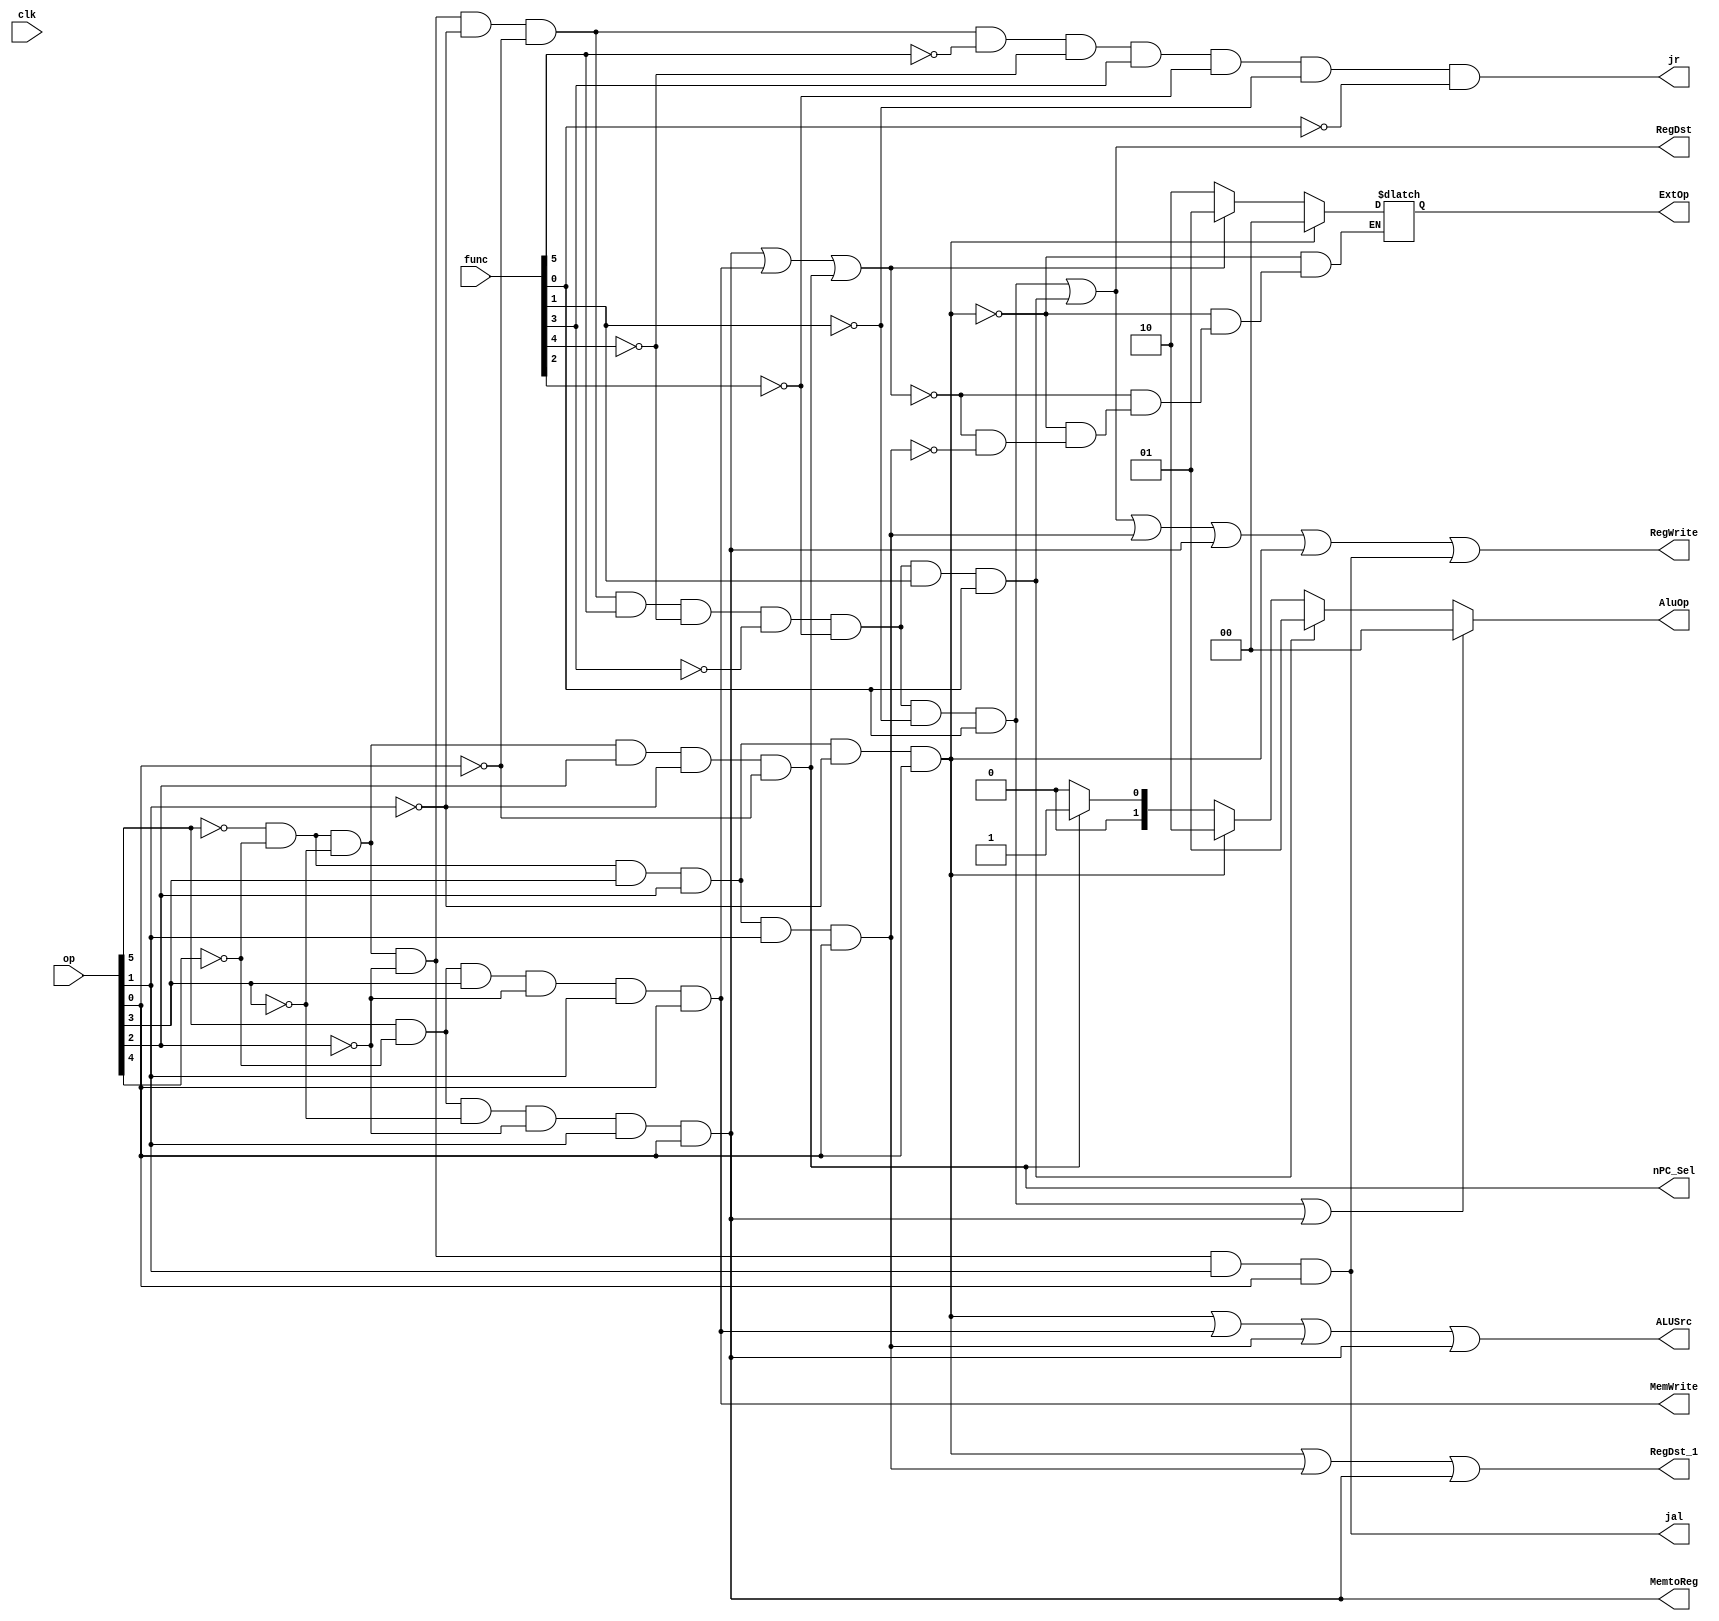
`timescale 1ns / 1ps
//////////////////////////////////////////////////////////////////////////////////
// Company: 
// Engineer: 
// 
// Design Name: 
// Module Name:    ctrl 
// Project Name: 
// Target Devices: 
// Tool versions: 
// Description: 
//
// Dependencies: 
//
// Revision: 
// Revision 0.01 - File Created
// Additional Comments: 
//
//////////////////////////////////////////////////////////////////////////////////
module ctrl(
	 input clk,
    input [5:0] op,
    input [5:0] func,
	 output RegDst,
	 output ALUSrc,
	 output MemtoReg,
	 output RegWrite,
	 output nPC_Sel,
	 output [1:0] ExtOp,
	 output [1:0] AluOp,
	 output MemWrite,
	 output RegDst_1,
	 output jal,
	 output jr
    );
	reg ADDU;
	reg SUBU;
	reg ORI;
	reg LUI;
	reg BEQ;
	reg LW;
	reg SW;
	reg JAL;
	reg JR;
	reg NOP;
	
	reg [1:0] aluop;
	reg [1:0] extop;
	
	initial begin
	ADDU=0;
	SUBU=0;
	ORI=0;
	LUI=0;
	BEQ=0;
	SW=0;
	LW=0;
	aluop=0;
	extop=0;
	JAL=0;
	JR=0;
	NOP=0;
	end
	
always @*begin
ADDU=~op[5]&~op[4]&~op[3]&~op[2]&~op[1]&~op[0]&func[5]&~func[4]&~func[3]&~func[2]&~func[1]&func[0];
SUBU=~op[5]&~op[4]&~op[3]&~op[2]&~op[1]&~op[0]&func[5]&~func[4]&~func[3]&~func[2]&func[1]&func[0];
LW=op[5]&~op[4]&~op[3]&~op[2]&op[1]&op[0];
SW=op[5]&~op[4]&op[3]&~op[2]&op[1]&op[0];
BEQ=~op[5]&~op[4]&~op[3]&op[2]&~op[1]&~op[0];
ORI=~op[5]&~op[4]&op[3]&op[2]&~op[1]&op[0];
LUI=~op[5]&~op[4]&op[3]&op[2]&op[1]&op[0];
JAL=~op[5]&~op[4]&~op[3]&~op[2]&op[1]&op[0];
JR=~op[5]&~op[4]&~op[3]&~op[2]&~op[1]&~op[0]&~func[5]&~func[4]&func[3]&~func[2]&~func[1]&~func[0];
NOP=~op[5]&~op[4]&~op[3]&~op[2]&~op[1]&~op[0]&~func[5]&~func[4]&~func[3]&~func[2]&~func[1]&~func[0];

	if(ADDU|LW)begin
		aluop=0;
	end
	else if(SUBU)begin
		aluop=1;
	end
	else if(ORI)begin
		aluop=2;
	end
	else if(BEQ)begin
		aluop=1;
	end
	else	begin
		aluop=0;
	end
	
	
	if(ORI)begin
		extop=0;
	end
	else if(LW||SW||BEQ)begin
		extop=1;
	end
	else if(LUI)begin
		extop=2;
	end
	
end

assign RegDst_1=ORI|LUI|LW;
assign RegDst=ADDU|SUBU;
assign ALUSrc=ORI|SW|LUI|LW;
assign MemtoReg=LW;
assign RegWrite= ADDU|SUBU|LUI|LW|ORI|JAL;
assign nPC_Sel=BEQ;
assign ExtOp=extop;
assign AluOp=aluop;
assign MemWrite=SW;
assign jal=JAL;
assign jr=JR;
endmodule